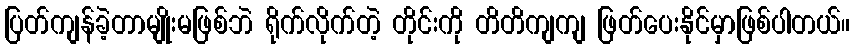
ပြတ်ကျန်ခဲ့တာမျိုးမဖြစ်ဘဲ ရိုက်လိုက်တဲ့ တိုင်းကို တိတိကျကျ ဖြတ်ပေးနိုင်မှာဖြစ်ပါတယ်။